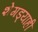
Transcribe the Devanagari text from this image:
शेगड्याही